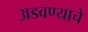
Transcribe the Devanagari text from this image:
अडवण्याचे